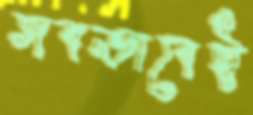
সবভাবেই